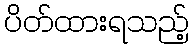
ပိတ်ထားရသည့်